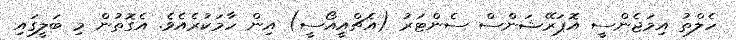
ހެލްތު އިމަޖެންސީ އޮޕަރޭޝަންސް ސެންޓަރު (އެޗްއީއޯސީ) އިން ހާމަކުރެއެވެ. އެގޮތުން މި ބަލީގައި